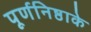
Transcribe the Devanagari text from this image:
पूर्णनिष्ठाके